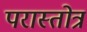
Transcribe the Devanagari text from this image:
परास्तोत्र